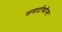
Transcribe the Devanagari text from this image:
समार्टफोन्स